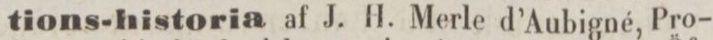
tions-historia af J. H. Merle d’Aubigné, Pro-